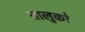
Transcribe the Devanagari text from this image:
तालुको